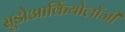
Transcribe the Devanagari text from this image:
सूडोआर्कियोलॉजी